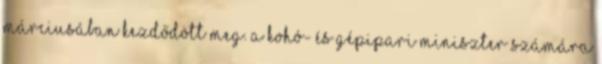
márciusában kezdődött meg. A kohó- és gépipari miniszter számára